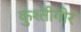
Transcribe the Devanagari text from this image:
कुश्तीगीर